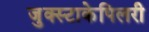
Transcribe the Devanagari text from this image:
जुक्स्टाकेपिलरी